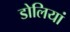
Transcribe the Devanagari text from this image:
डोलियां